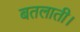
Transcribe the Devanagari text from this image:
बतलाती।